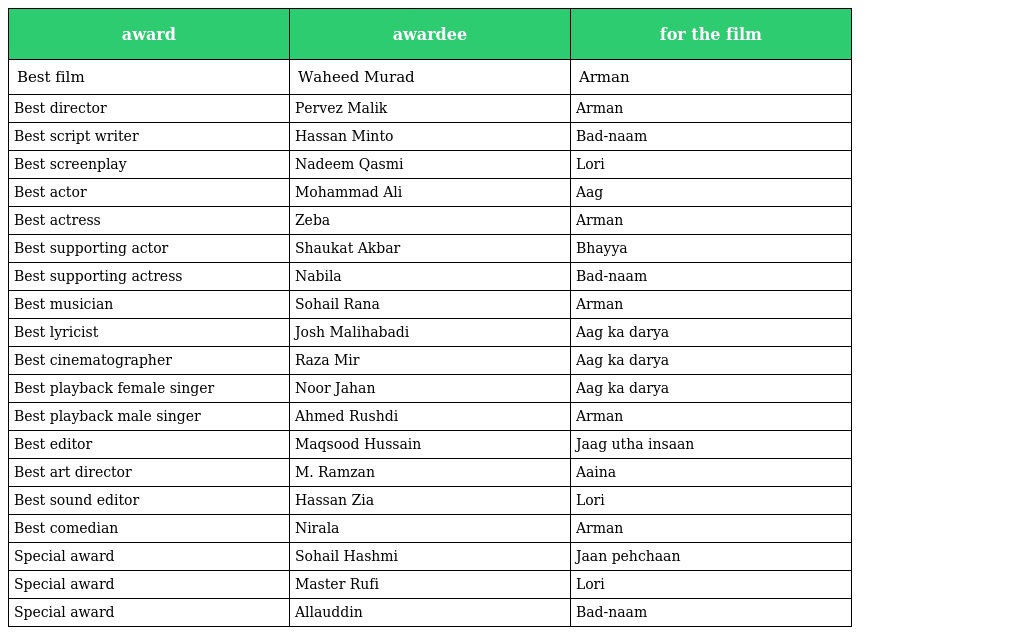
| award | awardee | for the film |
 | --- | --- | --- |
 | Best film | Waheed Murad | Arman |
 | Best director | Pervez Malik | Arman |
 | Best script writer | Hassan Minto | Bad-naam |
 | Best screenplay | Nadeem Qasmi | Lori |
 | Best actor | Mohammad Ali | Aag |
 | Best actress | Zeba | Arman |
 | Best supporting actor | Shaukat Akbar | Bhayya |
 | Best supporting actress | Nabila | Bad-naam |
 | Best musician | Sohail Rana | Arman |
 | Best lyricist | Josh Malihabadi | Aag ka darya |
 | Best cinematographer | Raza Mir | Aag ka darya |
 | Best playback female singer | Noor Jahan | Aag ka darya |
 | Best playback male singer | Ahmed Rushdi | Arman |
 | Best editor | Maqsood Hussain | Jaag utha insaan |
 | Best art director | M. Ramzan | Aaina |
 | Best sound editor | Hassan Zia | Lori |
 | Best comedian | Nirala | Arman |
 | Special award | Sohail Hashmi | Jaan pehchaan |
 | Special award | Master Rufi | Lori |
 | Special award | Allauddin | Bad-naam |